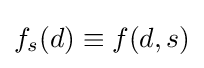
f_{s}(d)\equiv f(d,s)